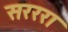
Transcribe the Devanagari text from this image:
सरररा